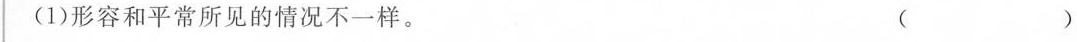
(1)形容和平常所见的情况不一样。 ( )